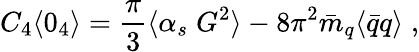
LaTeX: C_{4}\langle 0_{4}\rangle=\frac{\pi}{3}\langle\alpha_{s}\; G^{2}\rangle-8\pi^{2}\bar{m}_{q}\langle\bar{q}q\rangle\; ,